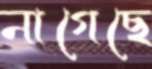
নাগেছে